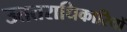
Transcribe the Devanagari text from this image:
उततराधिकारियों